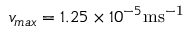
v _ { m a x } = 1 . 2 5 \times 1 0 ^ { - 5 } \mathrm { m s ^ { - 1 } }